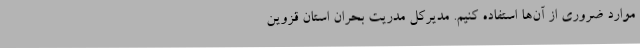
موارد ضروری از آن‌ها استفاده کنیم. مدیرکل مدریت بحران استان قزوین